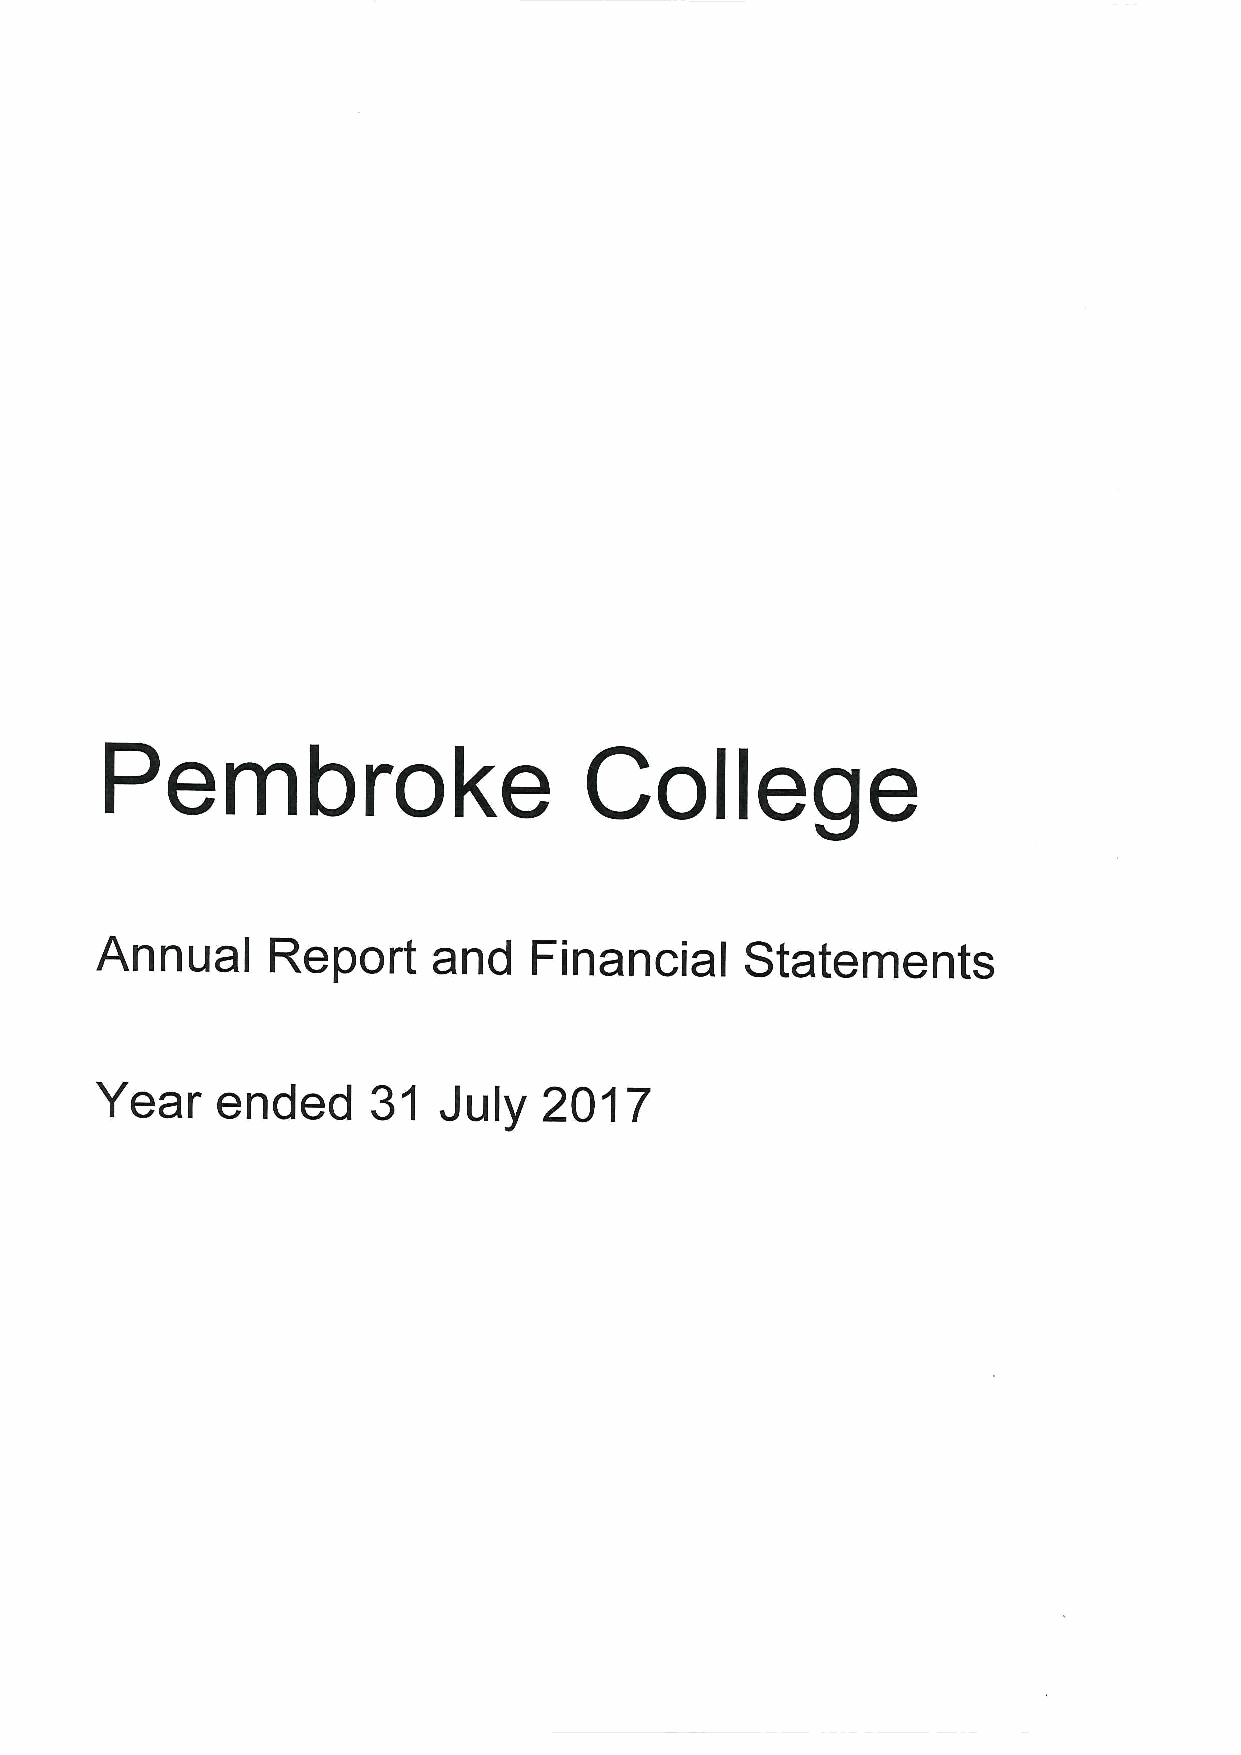
mloe
 e       e
 "'""
 Annua                  and                 S&atement,
 ear  ended     3    July   2Q17
 1